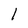
Character: l